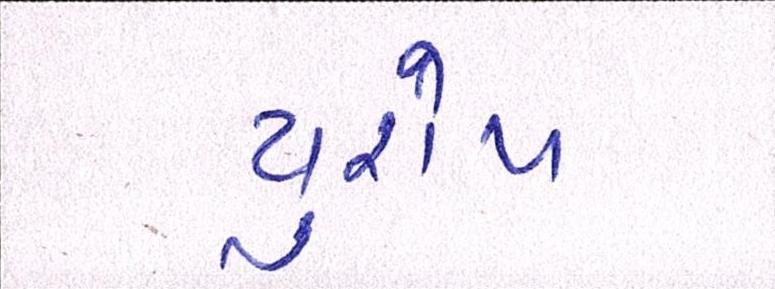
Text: યુરોપ